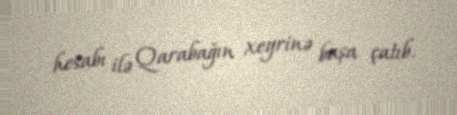
hesabı ilə Qarabağın xeyrinə başa çatıb.